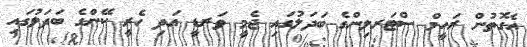
އެގޮތުން ރަހީމް ސްޓަރލިންގެ ބަދަލުގައި ޖެމީ ވަރޑީ އަދި ހެރީ ކޭންގެ ބަދަލުގައި